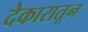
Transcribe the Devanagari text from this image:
देकारातून